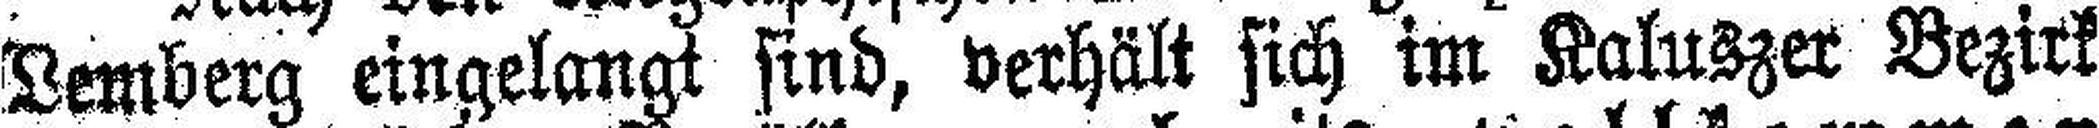
Lemberg eingelangt sind, verhält sich im Kaluszer Bezirk